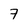
Character: 7